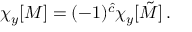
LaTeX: \chi _ { y } [ { \cal M } ] = ( - 1 ) ^ { \hat { c } } \chi _ { y } [ \tilde { \cal M } ] \, .